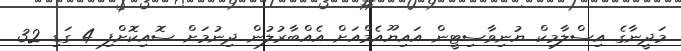
މަދީނާގެ އިސްލާމިކް ޔުނިވާސިޓީން އައިޔޫއެމްއަށް އެއްބާރުލުން ދިނުމަށް ސޮއިކޮށްފި 4 ގަޑި 32